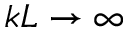
k L \to \infty